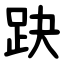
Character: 趹